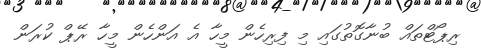
ރިޕޯޓްތައް ބުނާގޮތުގައި މި ފިރިހެން މީހާ އެ އަންހެން މީހާ ރޭޕް ކުރަން